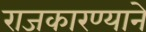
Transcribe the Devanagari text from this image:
राजकारण्याने